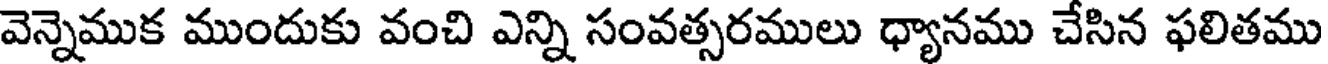
వెన్నెముక ముందుకు వంచి ఎన్ని సంవత్సరములు ధ్యానము చేసిన ఫలితము